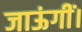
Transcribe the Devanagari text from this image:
जाऊंगीं।